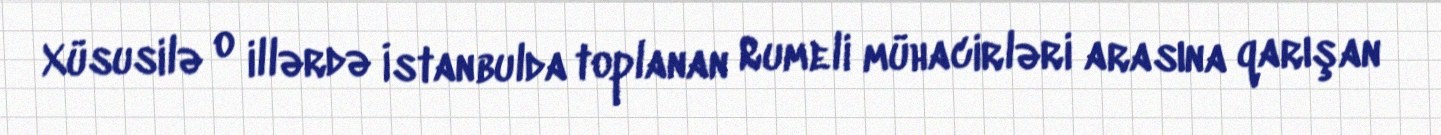
Xüsusilə o illərdə İstanbulda toplanan Rumeli mühacirləri arasına qarışan